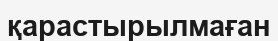
қарастырылмаған